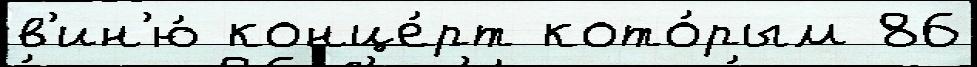
в'ин'ю́ конце́рт кото́рым 86